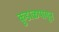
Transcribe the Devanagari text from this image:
कुडाळपासून